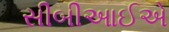
સીબીઆઈએ